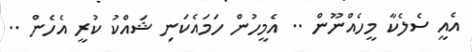
އެއީ ސެލެކާ މީހެއްނޫން .. އެމީހުން ހަމައެކަނި ޝައްކު ކުރީ އެހެން ..